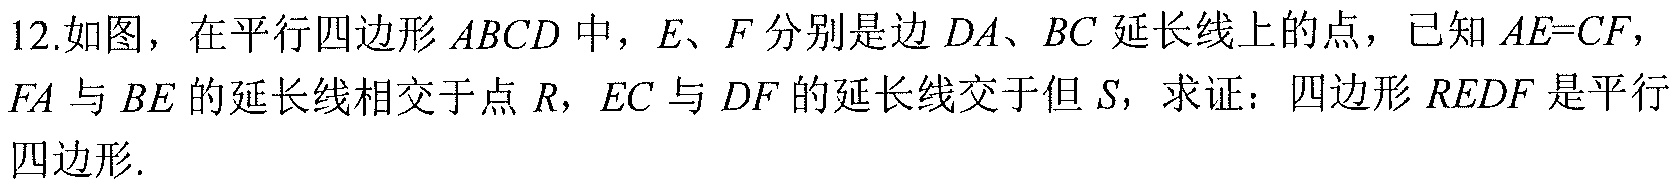
12.如图，在平行四边形 \(ABCD\) 中，\(E\)、\(F\) 分别是边 \(DA\)、\(BC\) 延长线上的点，已知 \(AE = CF\)，\(FA\) 与 \(BE\) 的延长线相交于点 \(R\)，\(EC\) 与 \(DF\) 的延长线交于但 \(S\)，求证：四边形 \(REDF\) 是平行四边形.